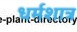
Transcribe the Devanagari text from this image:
धर्मशात्र